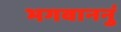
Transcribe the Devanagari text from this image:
भगवाननुं